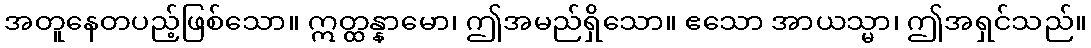
အတူနေတပည့်ဖြစ်သော။ ဣတ္ထန္နာမော၊ ဤအမည်ရှိသော။ ဧသော အာယသ္မာ၊ ဤအရှင်သည်။